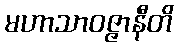
မဟာသာဝဇ္ဇာနီတိ